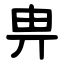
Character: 畁